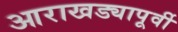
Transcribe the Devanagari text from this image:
आराखड्यापूर्वी